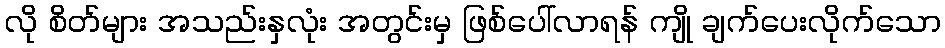
လို စိတ်များ အသည်းနှလုံး အတွင်းမှ ဖြစ်ပေါ်လာရန် ကျို ချက်ပေးလိုက်သော